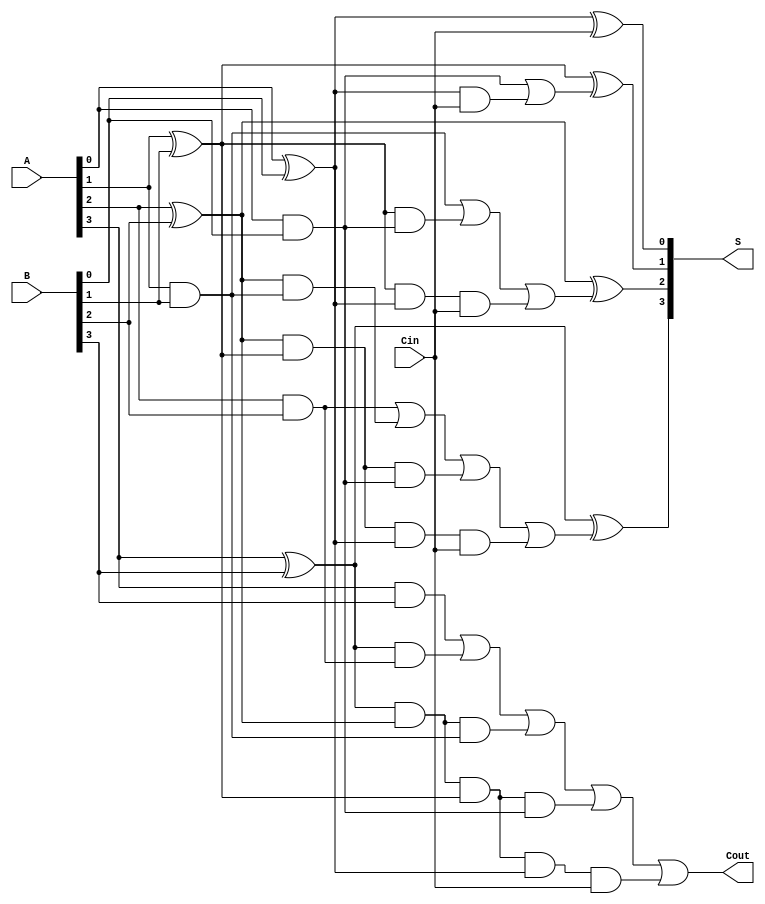
module SklanskyAdder #(
    parameter n = 4 // Parameter for the width of the input and output
)(
    input wire [n-1:0] A,    // First input number
    input wire [n-1:0] B,    // Second input number
    input wire Cin,           // Carry-in
    output wire [n-1:0] S,    // Sum output
    output wire Cout           // Carry-out
);

    wire [n-1:0] G; // Generate signals
    wire [n-1:0] P; // Propagate signals
    wire [n:0] C;   // Carry signals (C[0] is the carry-in)

    // Pre-computation of Generate and Propagate signals
    generate
        genvar i;
        for (i = 0; i < n; i = i + 1) begin : gen_and_prop
            assign G[i] = A[i] & B[i];
            assign P[i] = A[i] ^ B[i];
        end
    endgenerate

    // Carry array - C[i] represents the carry out of bit i
    assign C[0] = Cin;

    // Stage 1: Compute carry signals for pairs of bits
    assign C[1] = G[0] | (P[0] & C[0]);
    assign C[2] = G[1] | (P[1] & G[0]) | (P[1] & P[0] & C[0]);
    assign C[3] = G[2] | (P[2] & G[1]) | (P[2] & P[1] & G[0]) | (P[2] & P[1] & P[0] & C[0]);
    assign C[4] = G[3] | (P[3] & G[2]) | (P[3] & P[2] & G[1]) | (P[3] & P[2] & P[1] & G[0]) | (P[3] & P[2] & P[1] & P[0] & C[0]);

    // Sum calculation based on carry and propagate signals
    generate
        for (i = 0; i < n; i = i + 1) begin : sum_calc
            assign S[i] = P[i] ^ C[i];
        end
    endgenerate

    // Final carry-out
    assign Cout = C[n];

endmodule